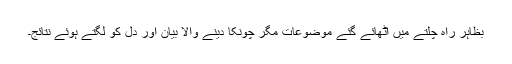
بظاہر راہ چلتے میں اٹھائے گئے موضوعات مگر چونکا دینے والا بیان اور دل کو لگتے ہوئے نتائج۔